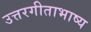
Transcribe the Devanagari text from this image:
उत्तरगीताभाष्य